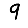
Digit: 9